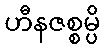
ဟီနဇစ္စမ္ပိ